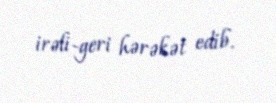
irəli-geri hərəkət edib.